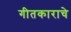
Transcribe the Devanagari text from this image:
गीतकाराचे